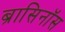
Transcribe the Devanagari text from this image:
ब्रासिनॉस